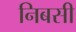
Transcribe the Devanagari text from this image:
निबसी